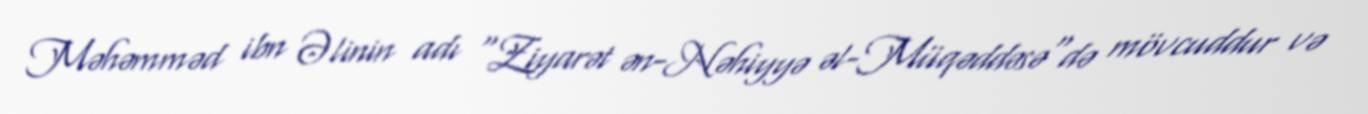
Məhəmməd ibn Əlinin adı "Ziyarət ən-Nəhiyyə əl-Müqəddəsə"də mövcuddur və